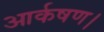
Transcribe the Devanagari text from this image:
आर्कषण।